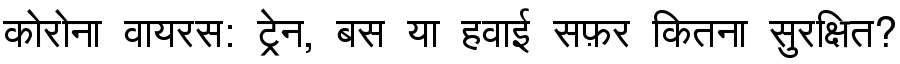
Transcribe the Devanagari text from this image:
कोरोना वायरस: ट्रेन, बस या हवाई सफ़र कितना सुरक्षित?